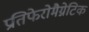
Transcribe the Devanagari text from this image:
प्रतिफेरोमैग्नेटिक